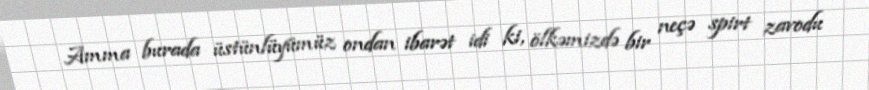
Amma burada üstünlüyümüz ondan ibarət idi ki, ölkəmizdə bir neçə spirt zavodu